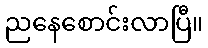
ညနေစောင်းလာပြီ။